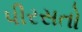
પીરસતો